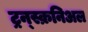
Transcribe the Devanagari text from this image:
ट्रन्स्क्रनिअल